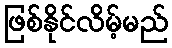
ဖြစ်နိုင်လိမ့်မည်